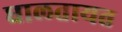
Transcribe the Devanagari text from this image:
घालतायत